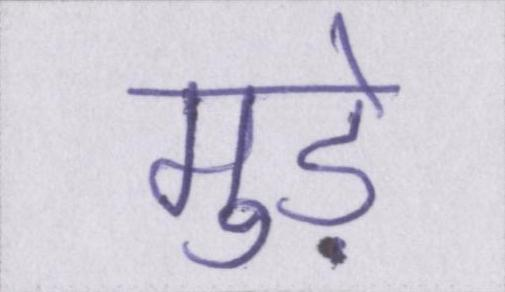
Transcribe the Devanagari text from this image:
मुड़े